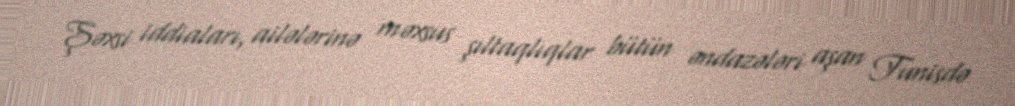
Şəxsi iddiaları, ailələrinə məxsus şıltaqlıqlar bütün əndazələri aşan Tunisdə